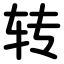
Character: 转